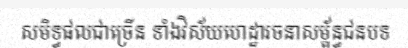
សមិទ្ធផលជាច្រើន ទាំងវិស័យហេដ្ឋារចនាសម្ព័ន្ធជនបទ